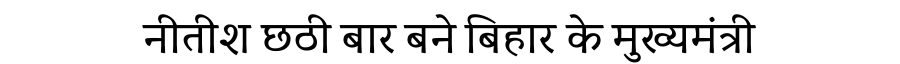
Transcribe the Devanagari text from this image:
नीतीश छठी बार बने बिहार के मुख्यमंत्री